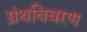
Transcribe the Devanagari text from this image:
ग्रंथविवरण